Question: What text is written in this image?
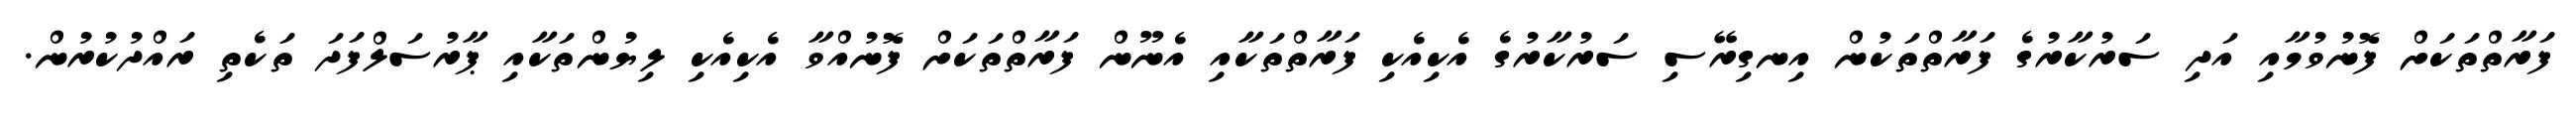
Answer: ފަރާތްތަކަށް ފޮނުވުމާއި އަދި ސަރުކާރުގެ ފަރާތްތަކުން އިނގިރޭސި ސަރުކާރުގެ އެކިއެކި ފަރާތްތަކާއި އެނޫން ފަރާތްތަކަށް ފޮނުއްވާ އެކިއެކި ލިޔުންތަކާއި ޕާރުސަލްފަދަ ތަކެތި ރައްދުކުރުން.